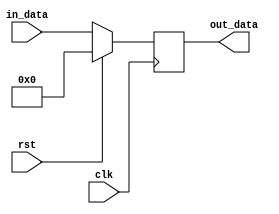
module bypass_register (
    input  clk,
    input  rst,
    input  [7:0] in_data,
    output [7:0] out_data
);

reg [7:0] storage_reg;

// Timing control and synchronization blocks
always @(posedge clk) begin
    if (rst) begin
        storage_reg <= 8'b0;
    end else begin
        storage_reg <= in_data;
    end
end

// Bypass functionality
assign out_data = storage_reg;

endmodule